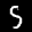
Label: 5